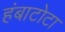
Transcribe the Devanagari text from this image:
हंबाटोटा